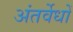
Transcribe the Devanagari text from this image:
अंतर्वेधों